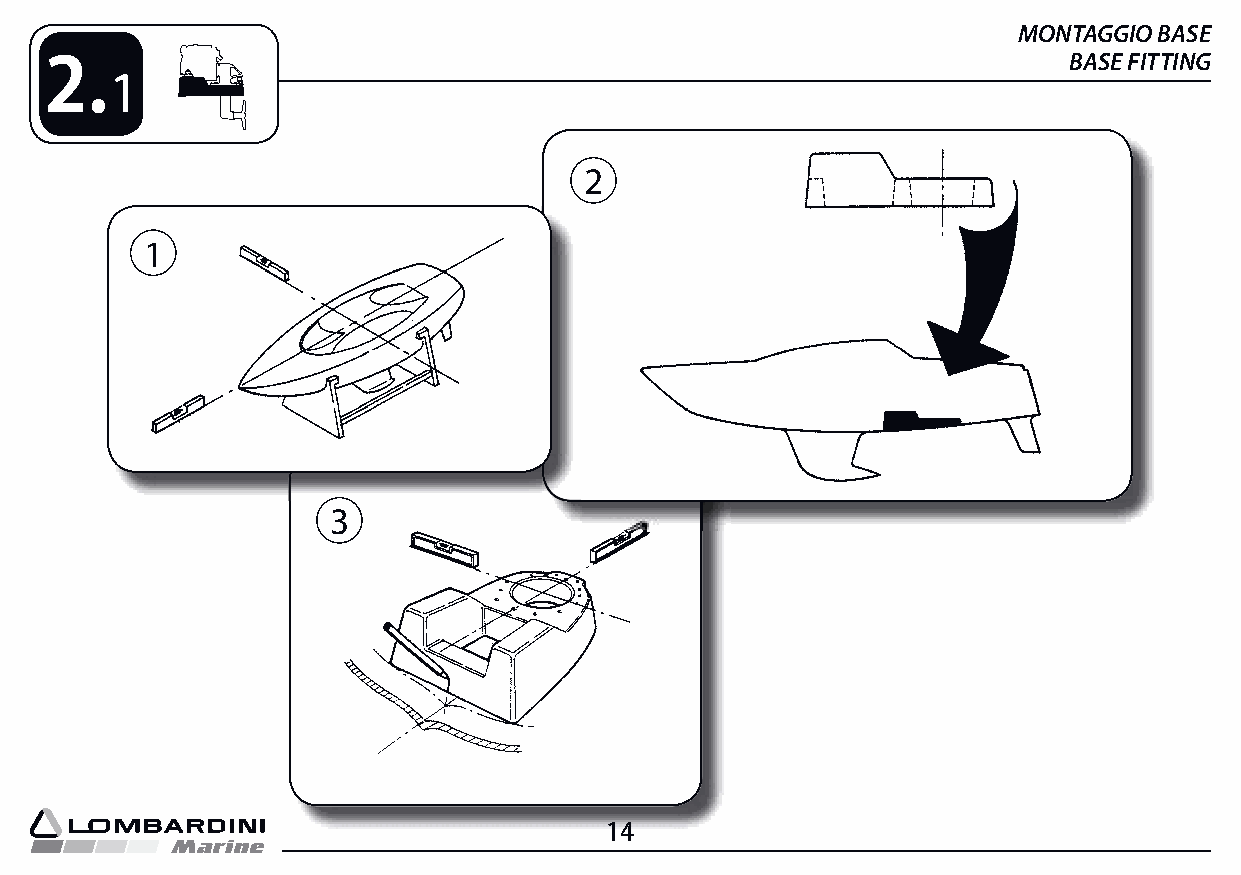
MONTAGGIO BASE
 2.                                                                  BASE FITTING
 1
 2
 1
 3
 14